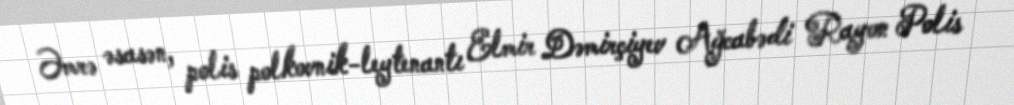
Əmrə əsasən, polis polkovnik-leytenantı Elmir Dəmirçiyev Ağcabədi Rayon Polis